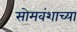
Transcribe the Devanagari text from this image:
सोमवंशाच्या